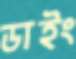
ডাইং